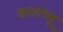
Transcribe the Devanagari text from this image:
वालथ्यू